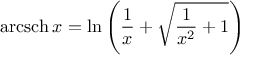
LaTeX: \operatorname { a r c s c h } x = \ln \left( { \frac { 1 } { x } } + { \sqrt { { \frac { 1 } { x ^ { 2 } } } + 1 } } \right)